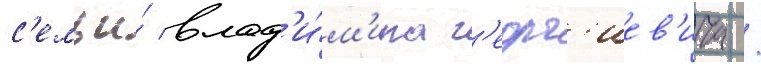
с'емьи́ влад'и́м'ира г'еорг'иев'ича /